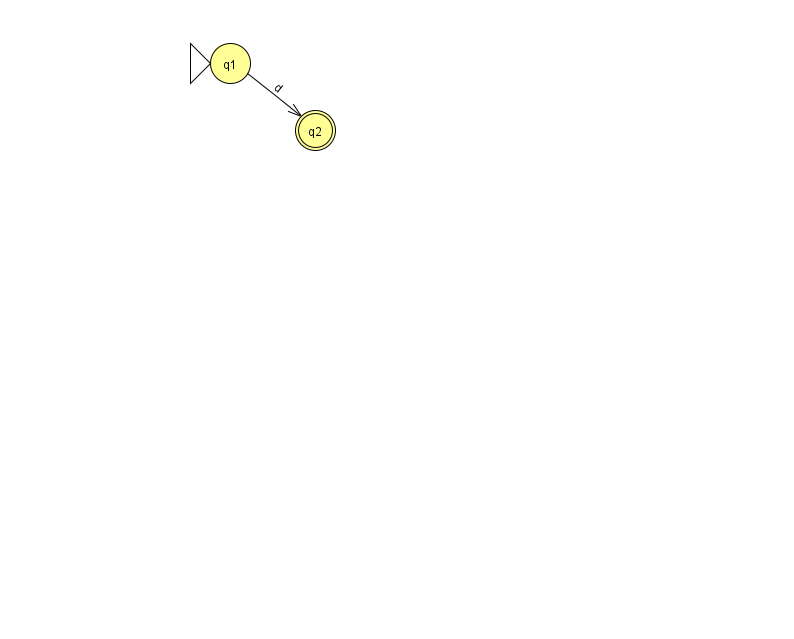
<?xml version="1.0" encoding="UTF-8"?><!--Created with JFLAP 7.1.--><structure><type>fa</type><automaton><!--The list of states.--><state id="1" name="q1"><x>230.0</x><y>50.0</y><initial/></state><state id="2" name="q2"><x>315.0</x><y>117.0</y><final/></state><!--The list of transitions.--><transition><from>1</from><to>2</to><read>d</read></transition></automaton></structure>